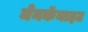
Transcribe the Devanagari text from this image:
मेनकॅनाइट